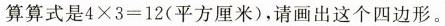
算算式是$$4 \times 3 = 1 2$$(平方厘米)，请画出这个四边形。